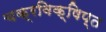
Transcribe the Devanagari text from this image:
चक्रविक्षिप्त